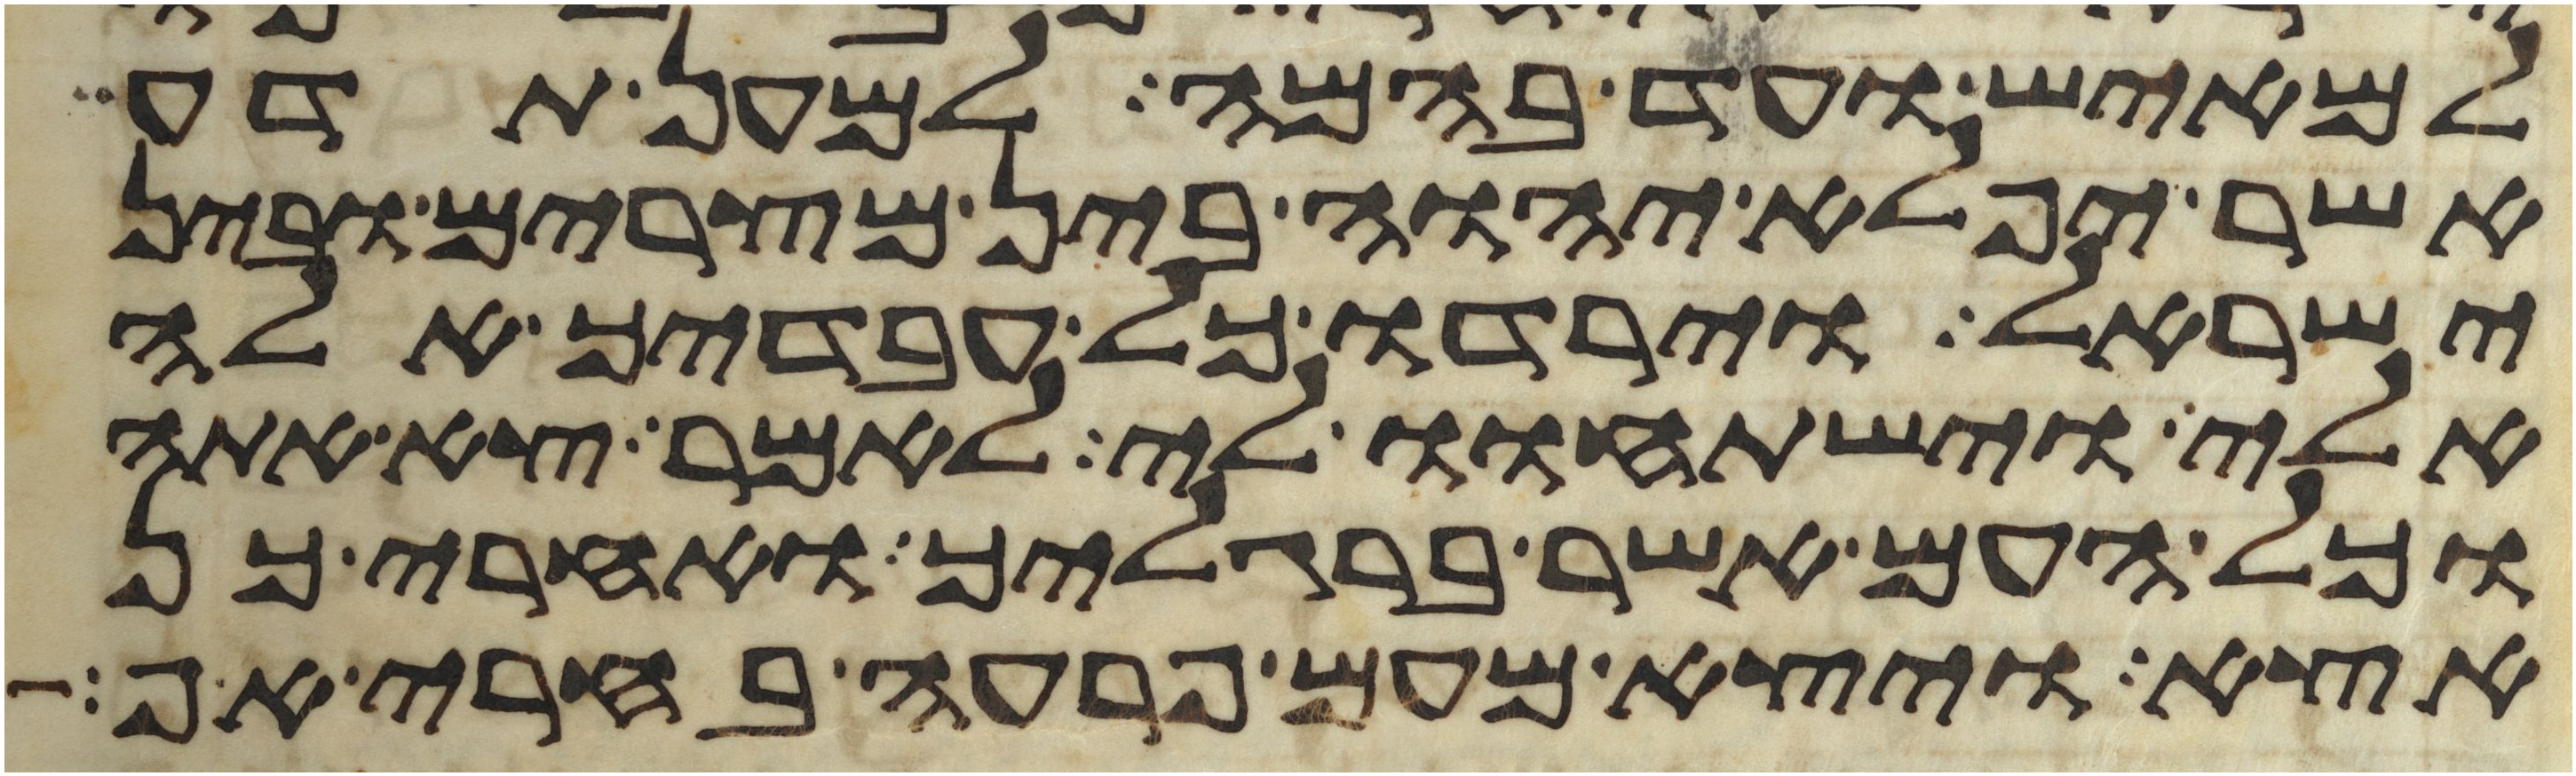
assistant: למאיש ועד בהמה למען תדע
אשר יפלא יהוה בין מצרים ובין
ישראל וירדו כל עבדיך אלה
אלי וישתחוו לי לאמר צא אתה
וכל העם אשר ברגליך ואחרי כן
אצא ויצא מעם פרעה בחרי אף